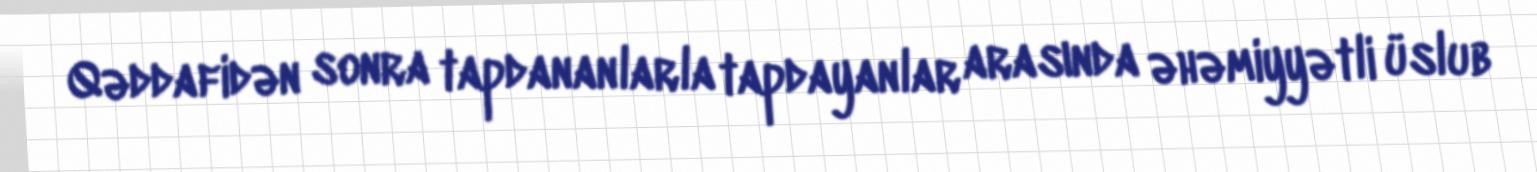
Qəddafidən sonra tapdananlarla tapdayanlar arasında əhəmiyyətli üslub